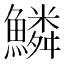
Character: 鱗